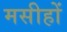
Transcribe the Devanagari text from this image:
मसीहों